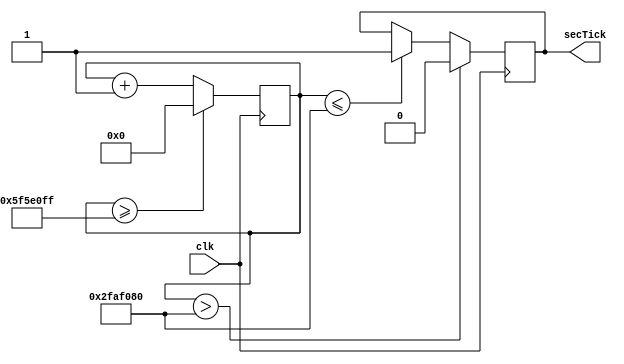
// EE 4490: Homework Set 04
// Problem 1: ClockDivide module
// Bruce Coburn

module ClockDivide(secTick, clk);
	output     	 	secTick;
	input			clk;
	reg 	[26:0] 	ClockTick;
	reg             nextTick;
	
parameter DIVISOR = 27'd100000000;	// Will take our 100MHz on-board clock
										// and will divide it to make a 1Hz 
										// "new clock"
	
	always@(posedge clk)
	begin
	   ClockTick <= ClockTick + 27'd1;
	   
	   if(ClockTick > DIVISOR/2) nextTick <= 1'b0;
	   else if(ClockTick <= DIVISOR/2) nextTick <=1'b1;
	   
	   if(ClockTick >= (DIVISOR-1))
	       ClockTick <= 27'd0;
    end
	
	assign secTick = nextTick;
		
endmodule